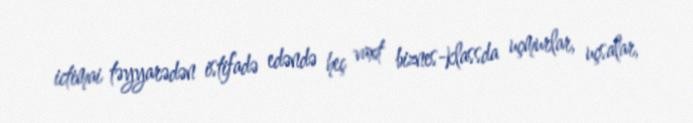
ictimai təyyarədən istifadə edəndə heç vaxt biznes-klassda uçmurlar, uçsalar,